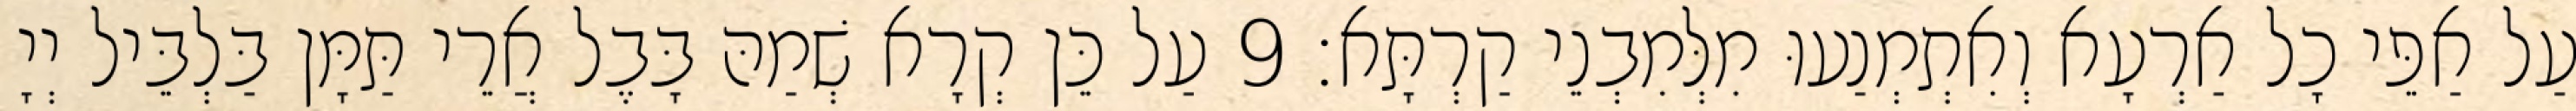
עַל אַפֵּי כָל אַרְעָא וְאִתְמְנַעוּ מִלְּמִבְנֵי קַרְתָּא׃ 9 עַל כֵּן קְרָא שְׁמַהּ בָּבֶל אֲרֵי תַּמָּן בַּלְבֵּיל יְיָ